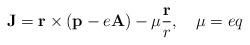
LaTeX: \begin{align*}{\mathbf J} = {\mathbf r}\times({\mathbf p} - e{\mathbf A}) -\mu\frac{\mathbf r}{r}, \quad \mu = eq\end{align*}